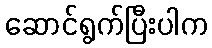
ဆောင်ရွက်ပြီးပါက